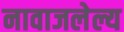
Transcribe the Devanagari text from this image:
नावाजलेल्य